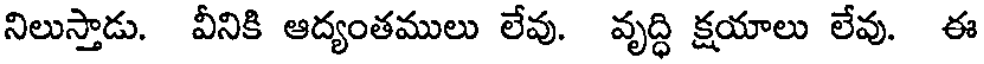
నిలుస్తాడు. వీనికి ఆద్యంతములు లేవు. వృద్ధి క్షయాలు లేవు ఈ